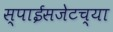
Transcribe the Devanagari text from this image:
स्पाईसजेटच्या